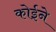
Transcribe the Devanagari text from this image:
कोईने